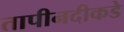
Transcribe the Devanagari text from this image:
तापीनदीकडे